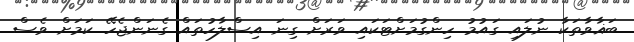
ބަޣާވާތަކާ ނުލައި ގައުމު ހިންގުމަށްޓަކައި ވަރަށް ގިނަ އިސްލާހުތައް ގެނަންޖެހޭ ކަމަށް ވެސް